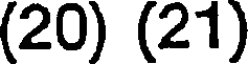
(20) (21)